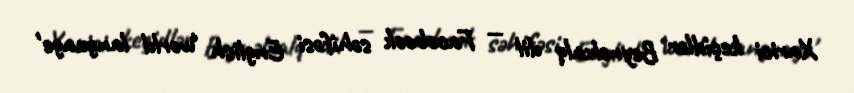
Xarici keçidlər Beynəlxalq dil — Facebook səhifəsi English 'world language'